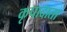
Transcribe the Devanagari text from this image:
कृपादाता